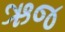
ઋજ